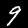
Label: 9